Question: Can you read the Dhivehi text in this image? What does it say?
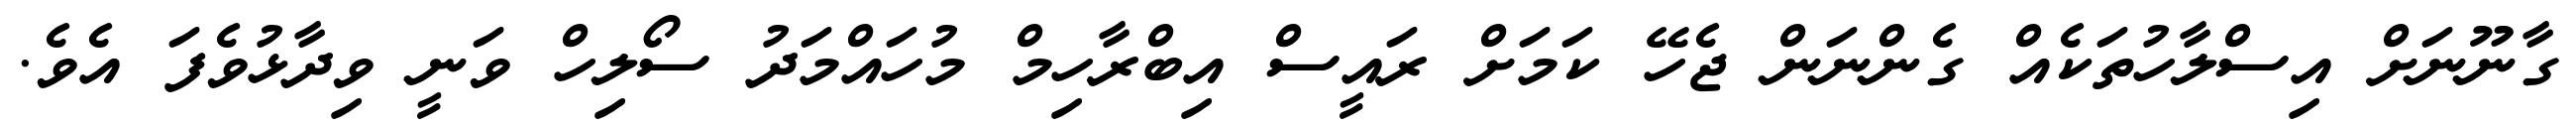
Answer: ގާނޫނަށް އިސްލާހުތަކެއް ގެންނަން ޖެހޭ ކަމަށް ރައީސް އިބްރާހިމް މުހައްމަދު ސޯލިހް ވަނީ ވިދާޅުވެފަ އެވެ.